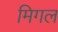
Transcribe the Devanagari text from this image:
मिगल